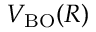
V _ { \mathrm { B O } } ( R )